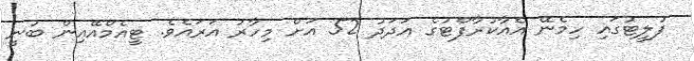
ފުލީޓުގައި ހިމެނޭ އެއާކުރާފްޓުގެ އަދަދު 52 އަށް މިހާރު އަރައެވެ. ޓީއެމްއޭއިން ބުނީ